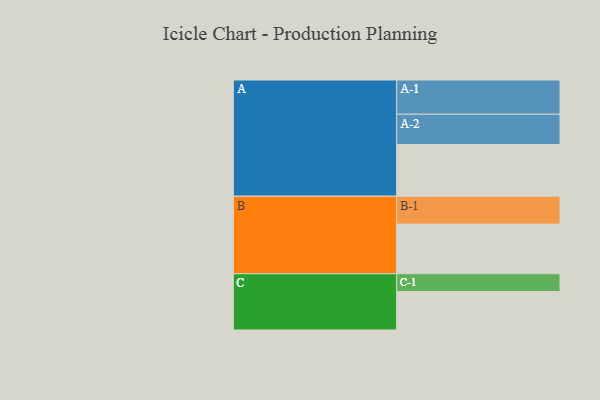
{"axis": {"x": "Segment", "y": "Value"}, "legend": ["", "A", "B", "C"], "data": [{"x": "A", "y": 421, "type": ""}, {"x": "B", "y": 405, "type": ""}, {"x": "C", "y": 314, "type": ""}, {"x": "A-1", "y": 279, "type": "A"}, {"x": "A-2", "y": 248, "type": "A"}, {"x": "B-1", "y": 227, "type": "B"}, {"x": "C-1", "y": 145, "type": "C"}]}